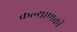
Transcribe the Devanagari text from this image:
कल्याणकों